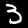
Label: 3